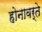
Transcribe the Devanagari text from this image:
होनावर्ते